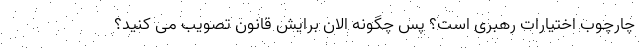
چارچوب اختیارات رهبری است؟ پس چگونه الان برایش قانون تصویب می کنید؟